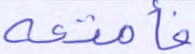
فأمتعه